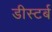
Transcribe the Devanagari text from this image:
डीस्टर्ब